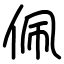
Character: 佩